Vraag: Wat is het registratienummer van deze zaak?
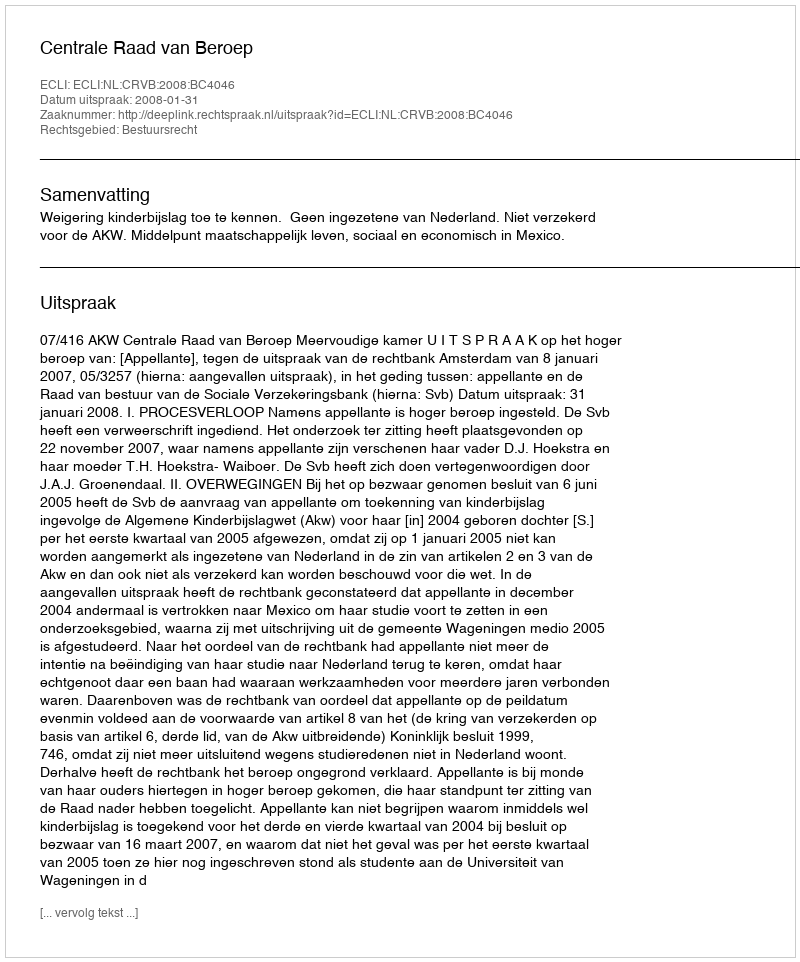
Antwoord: http://deeplink.rechtspraak.nl/uitspraak?id=ECLI:NL:CRVB:2008:BC4046